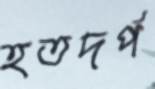
হতদর্প